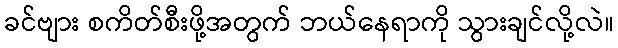
ခင်ဗျား စကိတ်စီးဖို့အတွက် ဘယ်နေရာကို သွားချင်လို့လဲ။